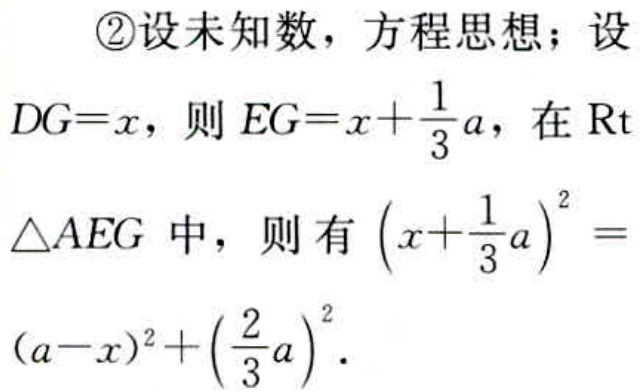
\textcircled{2}设未知数，方程思想；设
\(DG = x\)，则\(EG=x+\frac{1}{3}a\)，在\(Rt\)
\(\triangle AEG\)中，则有\((x + \frac{1}{3}a)^2 =\)
\((a - x)^2+(\frac{2}{3}a)^2\).